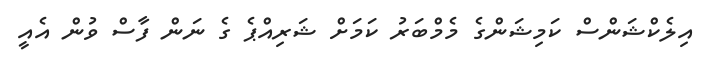
އިލެކްޝަންސް ކަމިޝަންގެ މެމްބަރު ކަމަށް ޝަރިއްޕެ ގެ ނަން ފާސް ވުން އެއީ